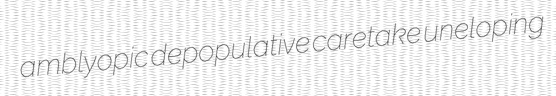
amblyopic depopulative caretake uneloping